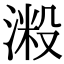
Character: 𣺲